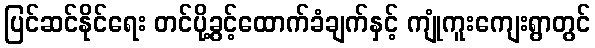
ပြင်ဆင်နိုင်ရေး တင်ပို့ခွင့်ထောက်ခံချက်နှင့် ကျုံကူးကျေးရွာတွင်